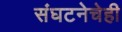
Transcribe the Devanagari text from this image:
संघटनेचेही